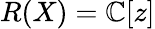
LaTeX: R(X)=\mathbb{C}[z]